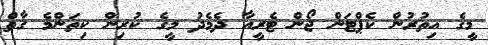
މީގެ އިތުރުން ކެޕްޓަން ޖޯން ޓެރީއާ ދެމެދު މީގެ ކުރިން ކިތަންމެ ގާތް